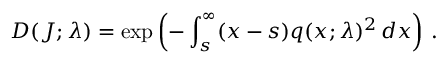
D ( J ; \lambda ) = \exp \left( - \int _ { s } ^ { \infty } ( x - s ) q ( x ; \lambda ) ^ { 2 } \, d x \right) \, .